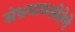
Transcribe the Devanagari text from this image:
संभ्रमावस्थेतेचे